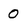
Character: o